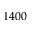
1 4 0 0